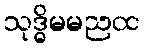
သုဒ္ဓိမမညထ